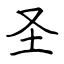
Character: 圣